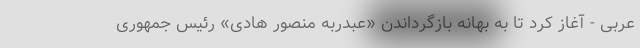
عربی - آغاز کرد تا به بهانه بازگرداندن «عبدربه منصور هادی» رئیس جمهوری